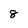
Character: 8